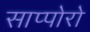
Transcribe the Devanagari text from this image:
साप्पोरो